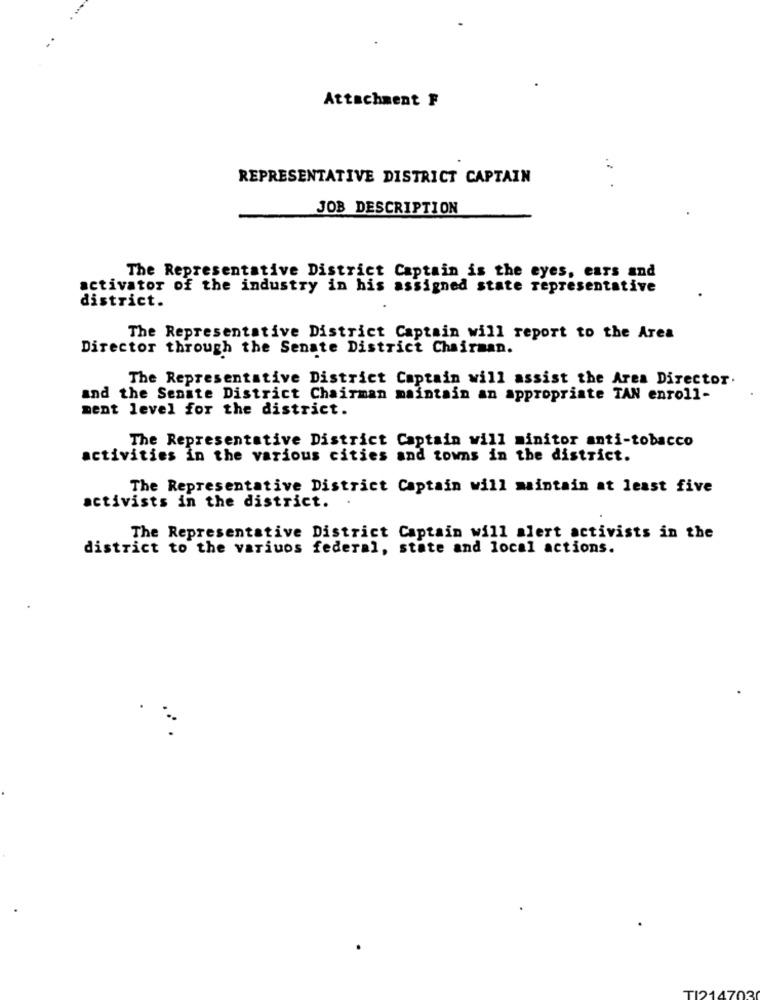
Attachment F
REPRESENTATIVE DISTRICT CAPTAIN
JOB DESCRIPTION
The Representative District Captain is the eyes, cars and
activator of the industry in his assigned state representative
district.
The Representative District Captain will report to the Area
Director through the Senate District Chairman.
The Representative District Captain will assist the Area Director.
and the Senate District Chairman maintain an appropriate TAN enroll-
ment level for the district.
The Representative District Captain will minitor anti-tobacco
activities in the various cities and towns in the district.
The Representative District Captain will maintain at least five
activists in the district.
The Representative District Captain will alert activists in the
district to the variuos federal, state and local actions.